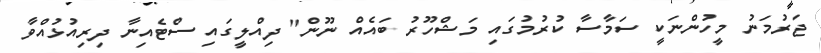
ޖަރުމަނު މީހުންނަކީ ސަމާސާ ކުރުމުގައި މަޝްހޫރު ބައެއް ނޫން" ދިއްލީގައި ސްޓެއިނާ ދިރިއުޅުއްވާ